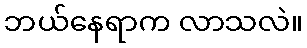
ဘယ်နေရာက လာသလဲ။